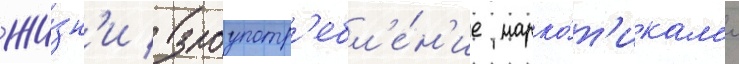
жи́зн'и / злоупотр'ебл'е́н'ие нарко́т'икам'и